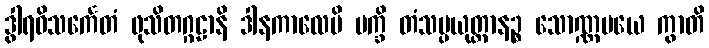
ဒွါရဝိသင်္ကေတံ ဖုသိတဂ္ဂဠာနိ ဒါနကာလေပိ ပက္ခိ တံသမ္ပယုတ္တာနဉ္စ သောဏ္ဏမယေ ကွာတိ